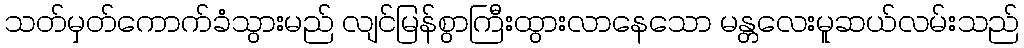
သတ်မှတ်ကောက်ခံသွားမည် လျင်မြန်စွာကြီးထွားလာနေသော မန္တလေးမူဆယ်လမ်းသည်